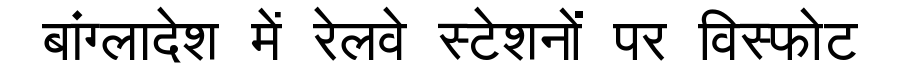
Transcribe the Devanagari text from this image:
बांग्लादेश में रेलवे स्टेशनों पर विस्फोट